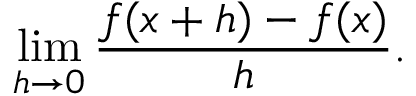
\operatorname* { l i m } _ { h \to 0 } { \frac { f ( x + h ) - f ( x ) } { h } } .